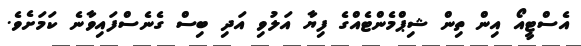
އެސްޓީއޯ އިން ތިން ޝިޕްމެންޓެއްގެ ފިޔާ އަލުވި އަދި ބިސް ގެނެސްފައިވާނެ ކަމަށެވެ.